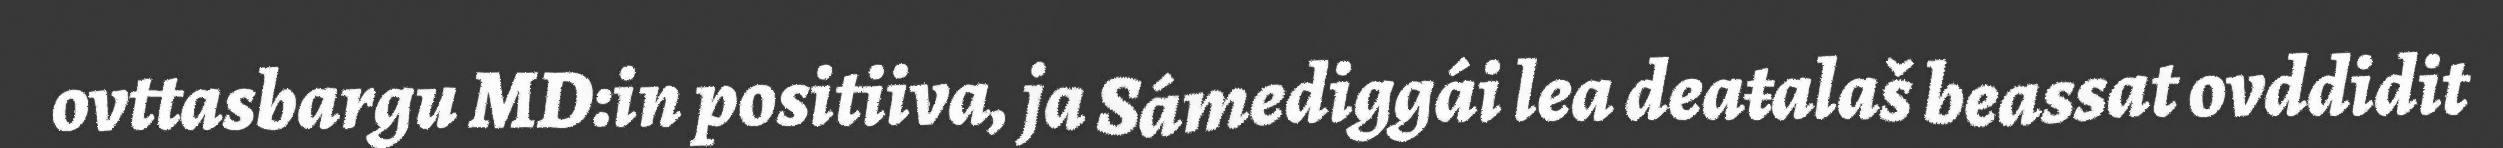
ovttasbargu MD:in positiiva, ja Sámediggái lea deaŧalaš beassat ovddidit